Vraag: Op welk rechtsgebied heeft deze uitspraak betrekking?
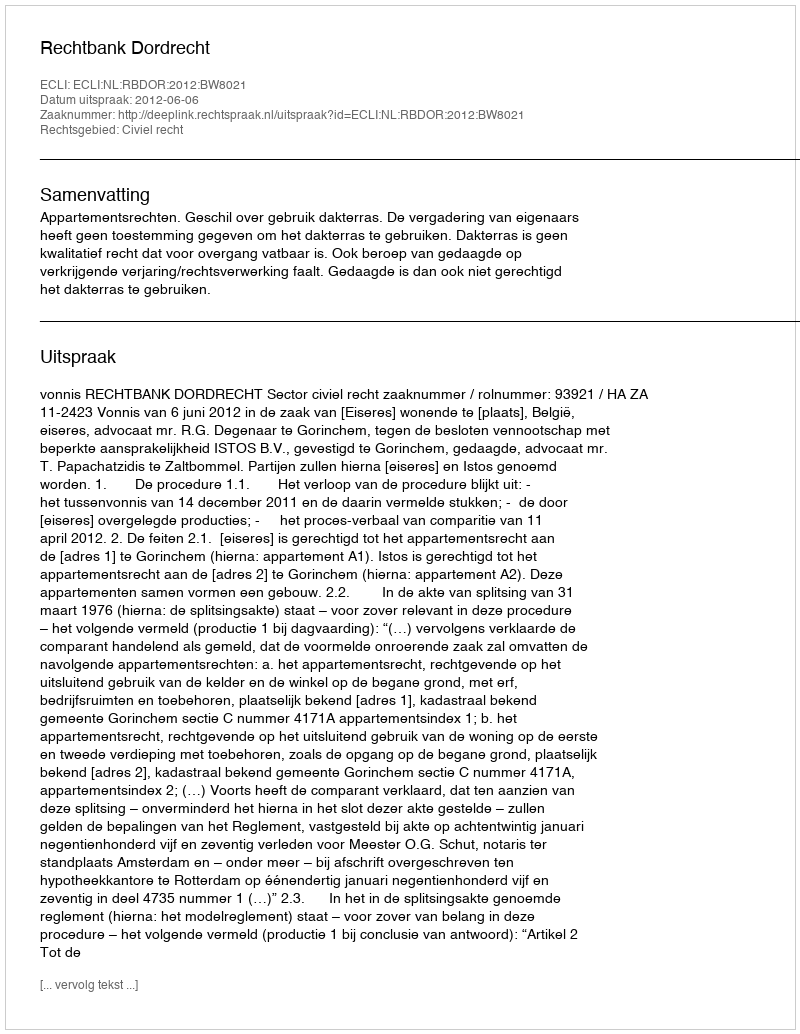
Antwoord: Civiel recht